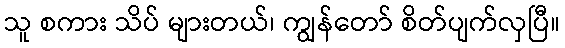
သူ စကား သိပ် များတယ်၊ ကျွန်တော် စိတ်ပျက်လှပြီ။